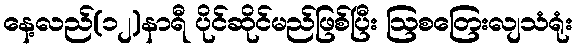
နေ့လည်(၁၂)နာရီ ပိုင်ဆိုင်မည်ဖြစ်ပြီး ဩစတြေးလျသံရုံး